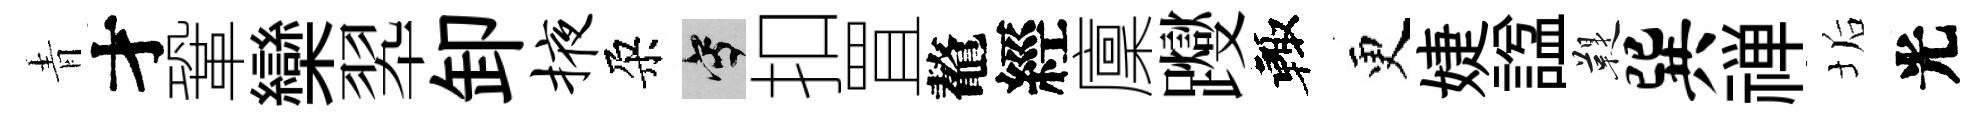
青才鞏欒翆卸掖朶寫扣罝鼇經廩躞輙更婕諡鞮巽禅垢光